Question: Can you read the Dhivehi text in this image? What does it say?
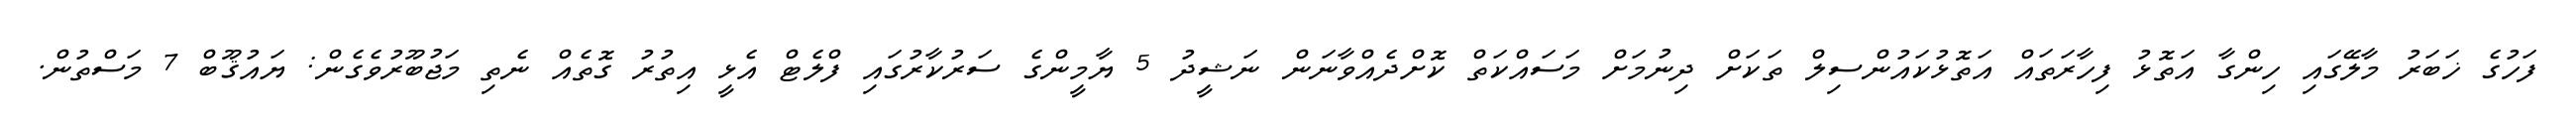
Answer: ފަހުގެ ޚަބަރު މާލޭގައި ހިންގާ އަތޮޅު ފިހާރަތައް އަތޮޅުކައުންސިލް ތަކަށް ދިނުމަށް މަސައްކަތް ކޮށްދެއްވާނަން ނަޝީދު 5 ޔާމީންގެ ސަރުކާރުގައި ފްލެޓް އެޅީ އިތުރު ގޮތެއް ނެތި މަޖުބޫރުވެގެން: ޔައުޤޫބް 7 މަސްތުން.